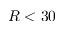
R < 3 0